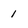
Character: 1